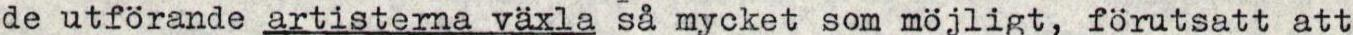
de utförande artisterna växla så mycket som möjligt, förutsatt att